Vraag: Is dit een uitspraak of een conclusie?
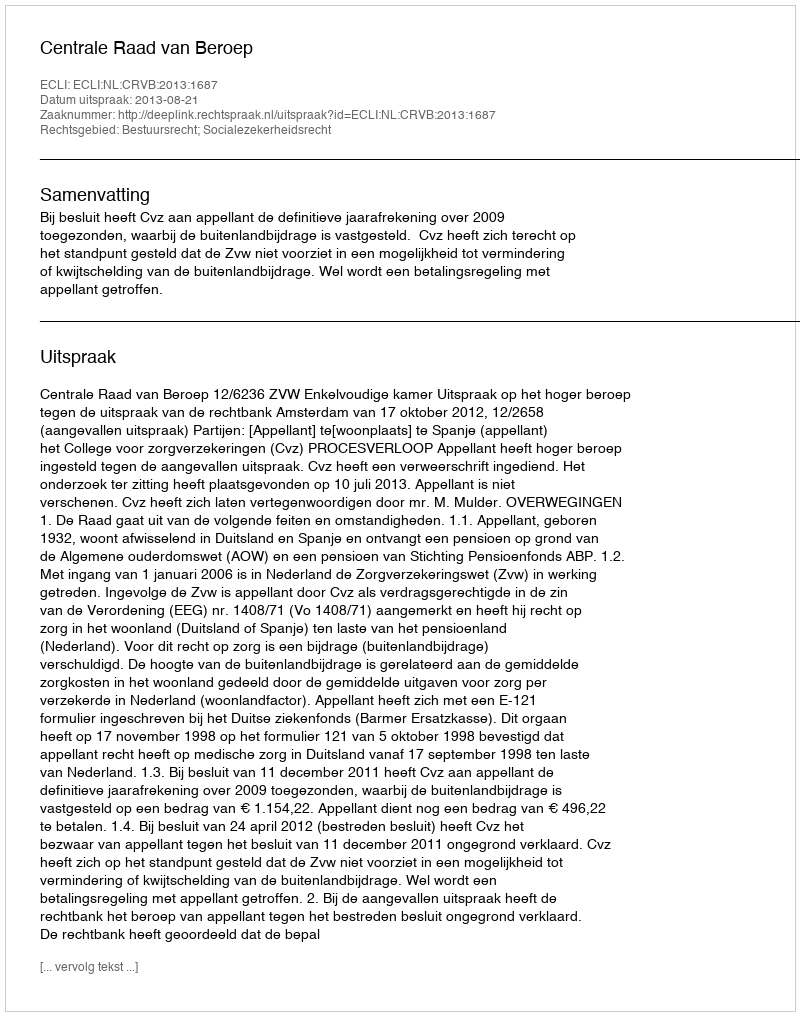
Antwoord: Uitspraak